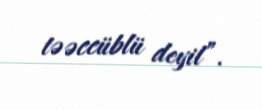
təəccüblü deyil”.